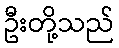
ဦးတို့သည်